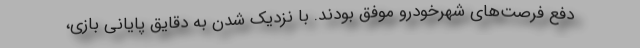
دفع فرصت‌های شهرخودرو موفق بودند. با نزدیک شدن به دقایق پایانی بازی،